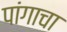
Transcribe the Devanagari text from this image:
पांगाचा